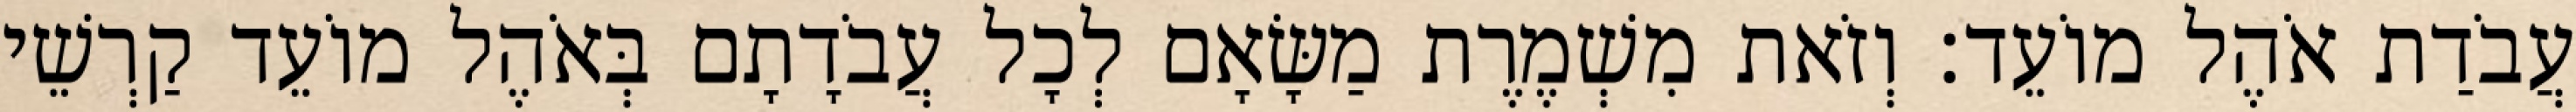
עֲבֹדַת אֹהֶל מוֹעֵד׃ וְזֹאת מִשְׁמֶרֶת מַשָּׂאָם לְכָל עֲבֹדָתָם בְּאֹהֶל מוֹעֵד קַרְשֵׁי